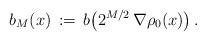
LaTeX: \begin{align*} b_M(x)\,:=\,b\bigl(2^{M/2}\,\nabla\rho_0(x)\bigr)\,.\end{align*}